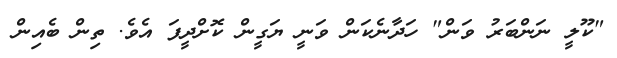
"ކޫލީ ނަންބަރު ވަން" ހަދާނެކަން ވަނީ ޔަގީން ކޮށްދީފަ އެވެ. ތިން ބެއިން